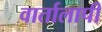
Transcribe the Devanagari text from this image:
वार्तालापी